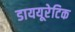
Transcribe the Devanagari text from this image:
डाययूरेटिक